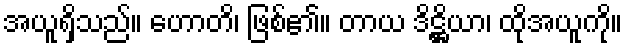
အယူရှိသည်။ ဟောတိ၊ ဖြစ်၏။ တာယ ဒိဋ္ဌိယာ၊ ထိုအယူကို။